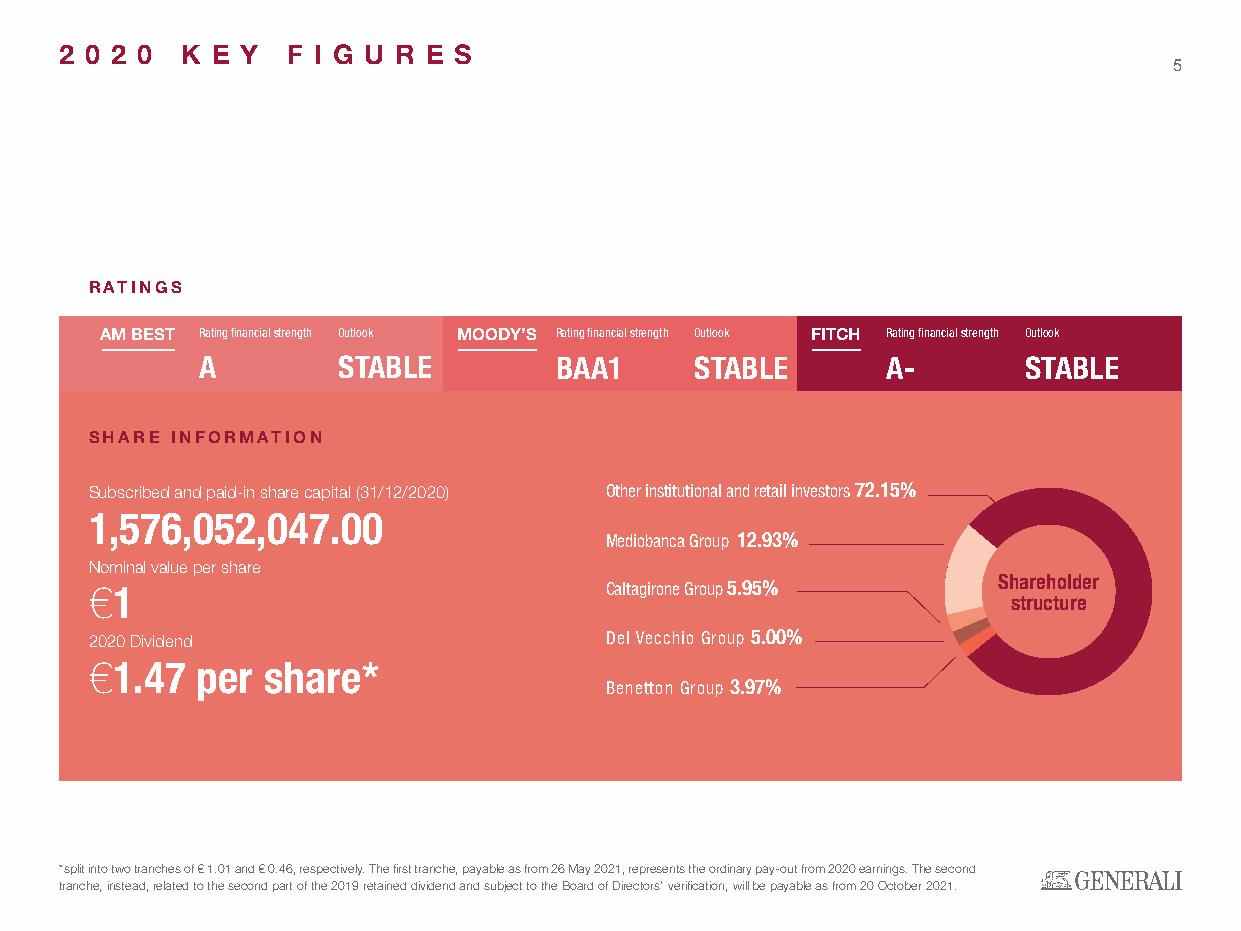
2 0 2 0 K E Y  F I G U R E S
 5
 RATINGS
 AM BEST Rating financial strength Outlook MOODY’S Rating financial strength Outlook FITCH Rating financial strength Outlook
 A        STABLE         BAA1     STABLE       A-       STABLE
 SHARE INFORMATION
 Subscribed and paid-in share capital (31/12/2020) Other institutional and retail investors 72.15%
 1,576,052,047.00
 Mediobanca Group 12.93%
 Nominal value per share
 €1                                Caltagirone Group 5.95%   Shareholder
 structure
 2020 Dividend                     Del Vecchio Group 5.00%
 €1.47  per share*
 Benetton Group 3.97%
 *split into two tranches of € 1.01 and € 0.46, respectively. The first tranche, payable as from 26 May 2021, represents the ordinary pay-out from 2020 earnings. The second
 tranche, instead, related to the second part of the 2019 retained dividend and subject to the Board of Directors’ verification, will be payable as from 20 October 2021.